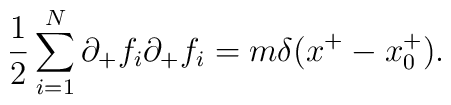
{1 \over 2}  \sum_{i=1}^N \partial_+ f_i \partial_+ f_i = m \delta ( x^+ -x^+ _0 ).